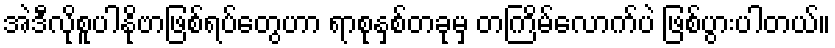
အဲဒီလိုစူပါနိုဗာဖြစ်ရပ်တွေဟာ ရာစုနှစ်တခုမှ တကြိမ်လောက်ပဲ ဖြစ်ပွားပါတယ်။